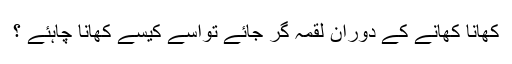
کھانا کھانے کے دوران لقمہ گر جائے تواسے کیسے کھانا چاہئے ؟